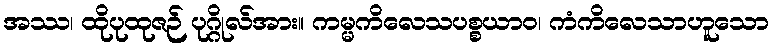
အဿ၊ ထိုပုထုဇဉ် ပုဂ္ဂိုလ်အား။ ကမ္မကိလေသပစ္စယာဝ၊ ကံကိလေသာဟူသော